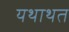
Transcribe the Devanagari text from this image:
यथाथत